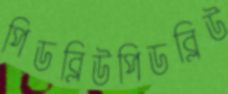
পিডব্লিউপিডব্লিউ